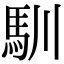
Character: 馴